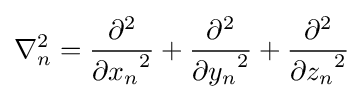
\nabla _{n}^{2}={\frac {\partial ^{2}}{{\partial x_{n}}^{2}}}+{\frac {\partial ^{2}}{{\partial y_{n}}^{2}}}+{\frac {\partial ^{2}}{{\partial z_{n}}^{2}}}